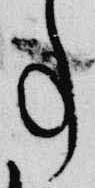
事